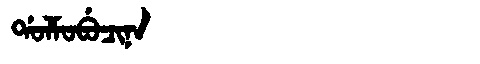
Manchu: ᡩᠣᠯᠮᠣᠪᡠᠴᡳᠨᠠ
Romanization: DOLMOBUCINA